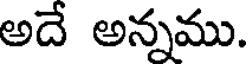
అదే అన్నము.